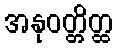
အနုဝတ္တိတ္ထ